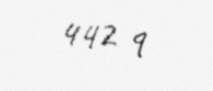
442 q